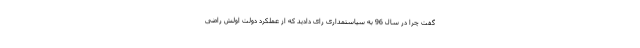
گفت چرا در سال 96 به سیاستمداری رای دادید که از عملکرد دولت اولش راضی